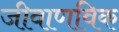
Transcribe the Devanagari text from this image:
जीवाणविक